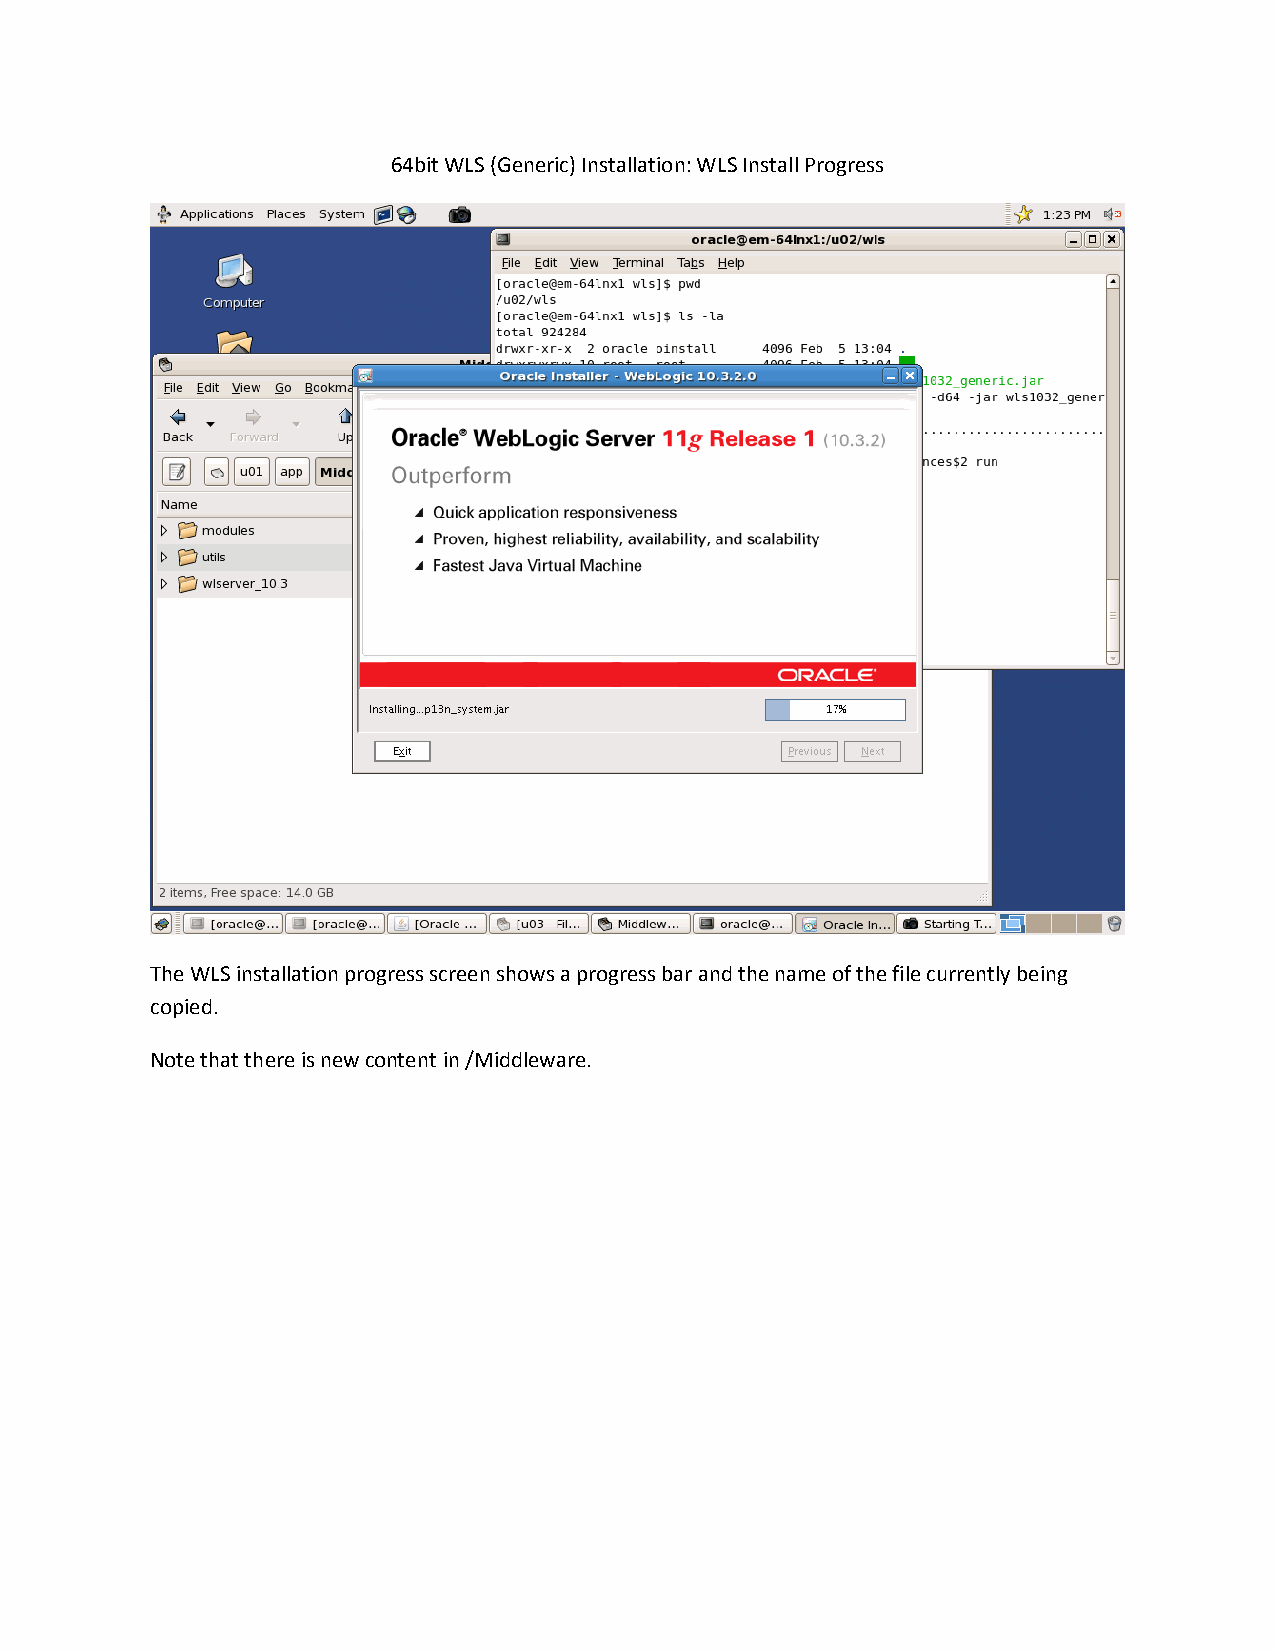
64bit WLS (Generic) Installation: WLS Install Progress
 The WLS installation progress screen shows a progress bar and the name of the file currently being
 copied.
 Note that there is new content in /Middleware.